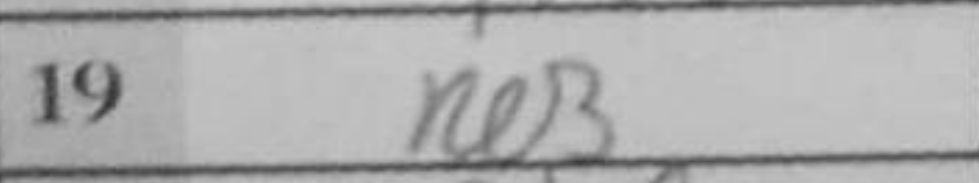
Transcription: Re3